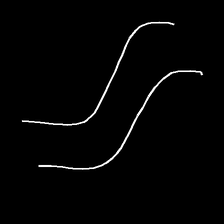
Glyph: float